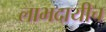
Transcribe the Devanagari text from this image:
लाभदायीच